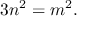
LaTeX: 3 n ^ { 2 } = m ^ { 2 } .